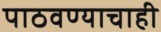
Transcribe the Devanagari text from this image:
पाठवण्याचाही